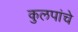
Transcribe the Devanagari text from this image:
कुलपांचे